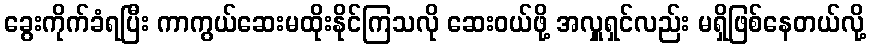
ခွေးကိုက်ခံရပြီး ကာကွယ်ဆေးမထိုးနိုင်ကြသလို ဆေးဝယ်ဖို့ အလှူရှင်လည်း မရှိဖြစ်နေတယ်လို့